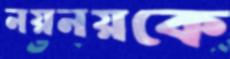
নয়নয়কে